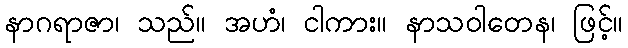
နာဂရာဇာ၊ သည်။ အဟံ၊ ငါကား။ နာသဝါတေန၊ ဖြင့်။